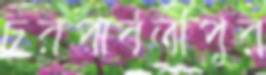
চরপার্বতীপুর